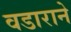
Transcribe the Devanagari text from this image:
वडाराने